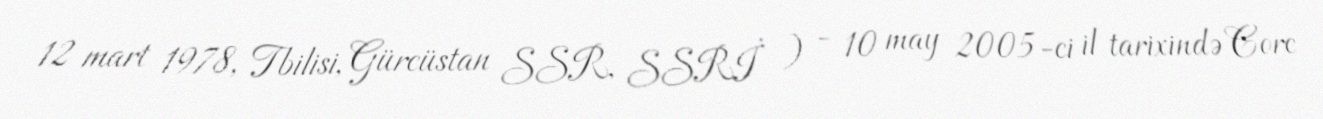
12 mart 1978, Tbilisi, Gürcüstan SSR, SSRİ ) - 10 may 2005-ci il tarixində Corc